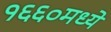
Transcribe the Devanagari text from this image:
१६६०मध्ये